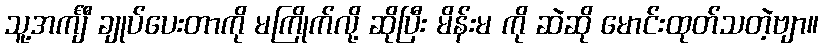
သူ့အင်္ကျီ ချုပ်ပေးတာကို မကြိုက်လို့ ဆိုပြီး မိန်းမ ကို ဆဲဆို မောင်းထုတ်သတဲ့ဗျာ။